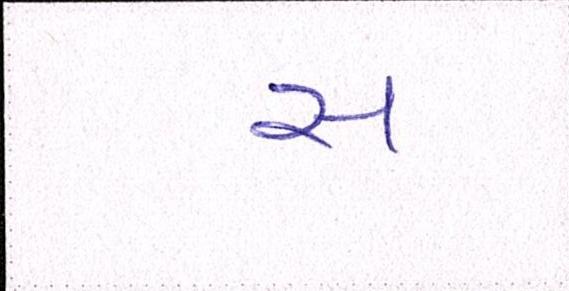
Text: સ